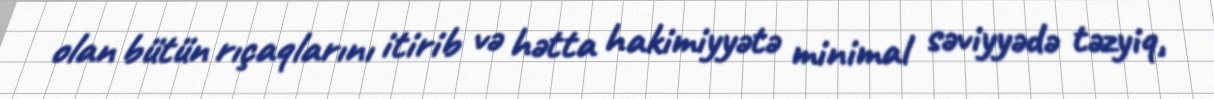
olan bütün rıçaqlarını itirib və hətta hakimiyyətə minimal səviyyədə təzyiq,